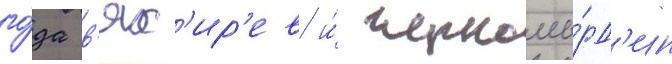
го́да в'ях'ир'ев и́ черномы́рд'ин